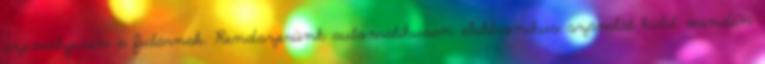
személyesen a futárnak. Rendszerünk automatikusan elektronikus számlát küld minden